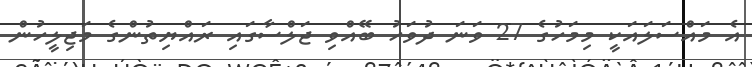
އެ މައްސަލައަކީ މިމަހުގެ 27 ވަނަ ދުވަހު ބޭއްވި ޖަލްސާގައި ރައްޔިތުންގެ މަޖިލީހުން